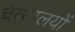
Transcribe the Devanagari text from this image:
चैत्यालयों